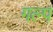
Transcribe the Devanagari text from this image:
गल्‍प